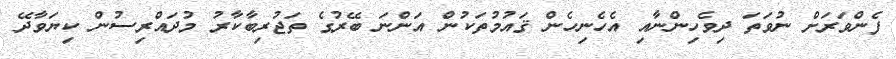
ފެންވަރަށް ނުވަތަ ދިވެހިންނާއި އެހެނިހެން ޤައުމުތަކުން އަންނަ ބޭރުގެ ތަޖުރިބާކާރު މުދައްރިސުން ކިޔަވާދޭ